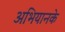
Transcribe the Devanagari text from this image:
अभियानके